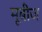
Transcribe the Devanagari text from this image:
मूबीज